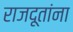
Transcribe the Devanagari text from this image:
राजदूतांना